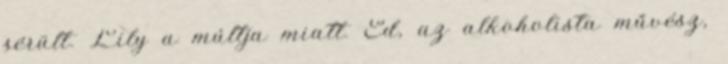
sérült. Lily a múltja miatt. Ed, az alkoholista művész,